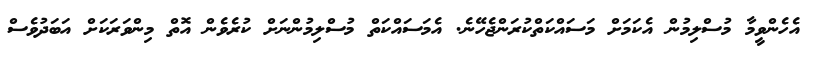
އެހެންވީމާ މުސްލިމުން އެކަމަށް މަސައްކަތްކުރަންޖެހޭނެ. އެމަސައްކަތް މުސްލިމުންނަށް ކުރެވެން އޮތް މިންވަރަކަށް އަބަދުވެސް